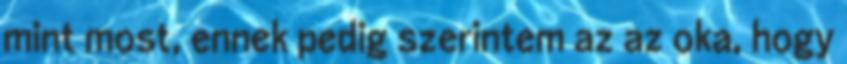
mint most, ennek pedig szerintem az az oka, hogy